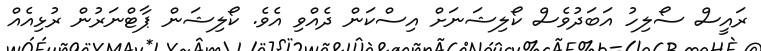
ރައީސް ސޯލިހު އަބަދުވެސް ކޯލިޝަނަށް އިސްކަން ދެއްވި އެވެ. ކޯލިޝަން ޕާޓްނަރުން ރުޅިއެއް